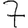
Digit: 7